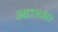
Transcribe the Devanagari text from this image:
५६७८३०